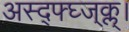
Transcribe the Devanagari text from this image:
अस्द्फ्घ्ज्क्ल्।